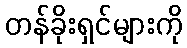
တန်ခိုးရှင်များကို